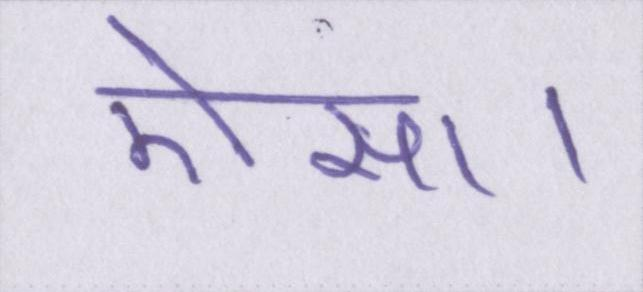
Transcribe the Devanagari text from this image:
ऐसा।